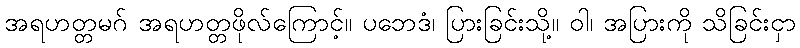
အရဟတ္တမဂ် အရဟတ္တဖိုလ်ကြောင့်။ ပဘေဒံ၊ ပြားခြင်းသို့။ ဝါ၊ အပြားကို သိခြင်းငှာ